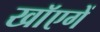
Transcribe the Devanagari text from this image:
खाॅएगें